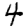
Digit: 4